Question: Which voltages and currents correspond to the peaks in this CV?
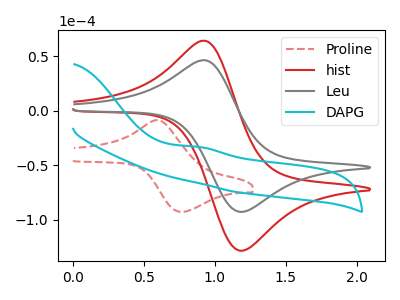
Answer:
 <answer>The red dashed curve "Proline" has an anodic peak at (0.60V, -8.75uA) and a cathodic peak at (0.75V, -92.75uA). The red curve "hist" has an anodic peak at (0.95V, 64.25uA) and a cathodic peak at (1.20V, -128.40uA). The gray curve "Leu" has an anodic peak at (0.95V, 46.40uA) and a cathodic peak at (1.20V, -92.75uA). The cyan curve "DAPG" has an anodic peak at: (0.90V, -33.10uA).</answer>
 <eval></eval>